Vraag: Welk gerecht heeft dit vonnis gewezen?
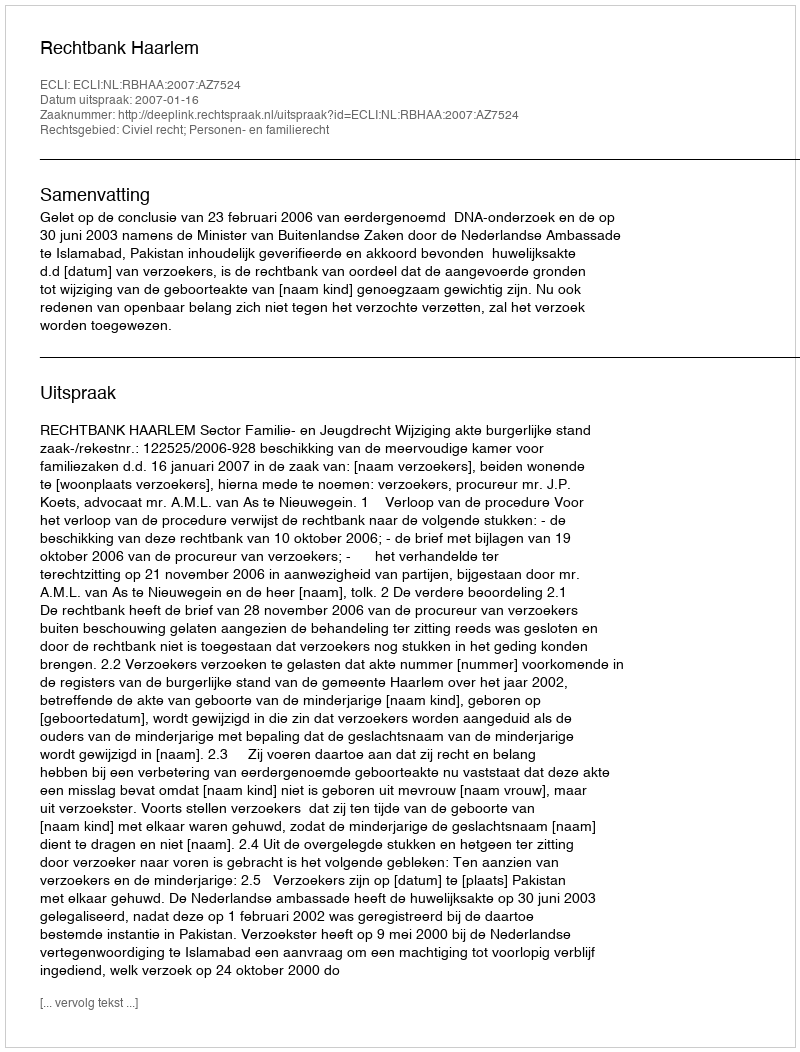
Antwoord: Rechtbank Haarlem